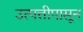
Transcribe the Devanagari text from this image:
उत्पत्तीपासून